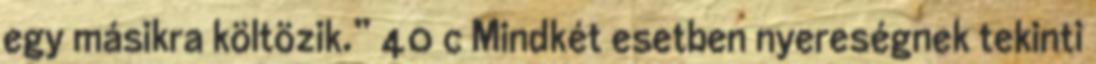
egy másikra költözik.” 40 c Mindkét esetben nyereségnek tekinti